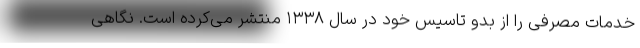
خدمات مصرفی را از بدو تاسیس خود در سال ۱۳۳۸ منتشر می‌کرده است. نگاهی